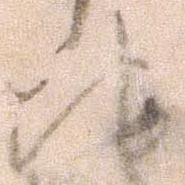
地